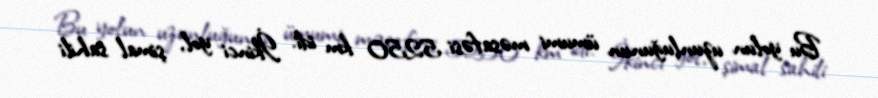
Bu yolun uzunluğunun ümumi məsafəsi 5250 km idi. İkinci yol, şimal sahili